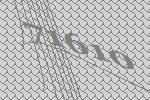
71610